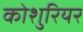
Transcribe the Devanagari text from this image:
कोशुरियर